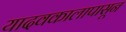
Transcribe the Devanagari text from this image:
यादवकालापासून